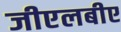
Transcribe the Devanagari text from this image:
जीएलबीए